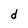
Character: d